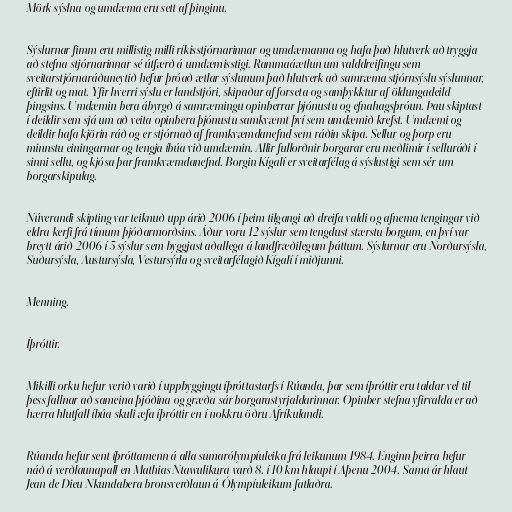
Mörk sýslna og umdæma eru sett af þinginu.

Sýslurnar fimm eru millistig milli ríkisstjórnarinnar og umdæmanna og hafa það hlutverk að tryggja
að stefna stjórnarinnar sé útfærð á umdæmisstigi. Rammaáætlun um valddreifingu sem
sveitarstjórnaráðuneytið hefur þróað ætlar sýslunum það hlutverk að samræma stjórnsýslu sýslunnar,
eftirlit og mat. Yfir hverri sýslu er landstjóri, skipaður af forseta og samþykktur af öldungadeild
þingsins. Umdæmin bera ábyrgð á samræmingu opinberrar þjónustu og efnahagsþróun. Þau skiptast
í deildir sem sjá um að veita opinbera þjónustu samkvæmt því sem umdæmið krefst. Umdæmi og
deildir hafa kjörin ráð og er stjórnað af framkvæmdanefnd sem ráðin skipa. Sellur og þorp eru
minnstu einingarnar og tengja íbúa við umdæmin. Allir fullorðnir borgarar eru meðlimir í selluráði í
sinni sellu, og kjósa þar framkvæmdanefnd. Borgin Kígalí er sveitarfélag á sýslustigi sem sér um
borgarskipulag.

Núverandi skipting var teiknuð upp árið 2006 í þeim tilgangi að dreifa valdi og afnema tengingar við
eldra kerfi frá tímum þjóðarmorðsins. Áður voru 12 sýslur sem tengdust stærstu borgum, en því var
breytt árið 2006 í 5 sýslur sem byggjast aðallega á landfræðilegum þáttum. Sýslurnar eru Norðursýsla,
Suðursýsla, Austursýsla, Vestursýrla og sveitarfélagið Kígalí í miðjunni.

Menning.

Íþróttir.

Mikilli orku hefur verið varið í uppbyggingu íþróttastarfs í Rúanda, þar sem íþróttir eru taldar vel til
þess fallnar að sameina þjóðina og græða sár borgarastyrjaldarinnar. Opinber stefna yfirvalda er að
hærra hlutfall íbúa skuli æfa íþróttir en í nokkru öðru Afríkulandi.

Rúanda hefur sent íþróttamenn á alla sumarólympíuleika frá leikunum 1984. Enginn þeirra hefur
náð á verðlaunapall en Mathias Ntawulikura varð 8. í 10 km hlaupi í Aþenu 2004. Sama ár hlaut
Jean de Dieu Nkundabera bronsverðlaun á Ólympíuleikum fatlaðra.